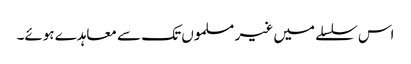
اس سلسلے میں غیر مسلموں تک سے معاہدے ہوئے۔